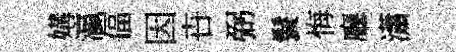
媾瀛偪因卋弼鬟悔廳瀟